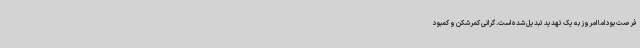
فرصت بود اما امروز به یک تهدید تبدیل شده است. گرانی کمرشکن و کمبود